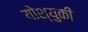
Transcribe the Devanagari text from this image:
योश्युकी